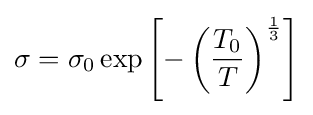
\sigma =\sigma _{0}\exp \left[-\left({\frac {T_{0}}{T}}\right)^{\frac {1}{3}}\right]